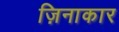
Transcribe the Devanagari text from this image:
ज़िनाकार